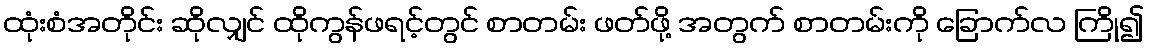
ထုံးစံအတိုင်း ဆိုလျှင် ထိုကွန်ဖရင့်တွင် စာတမ်း ဖတ်ဖို့ အတွက် စာတမ်းကို ခြောက်လ ကြို၍